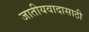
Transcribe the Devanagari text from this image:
जातीयवादासाठी